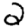
Digit: 2